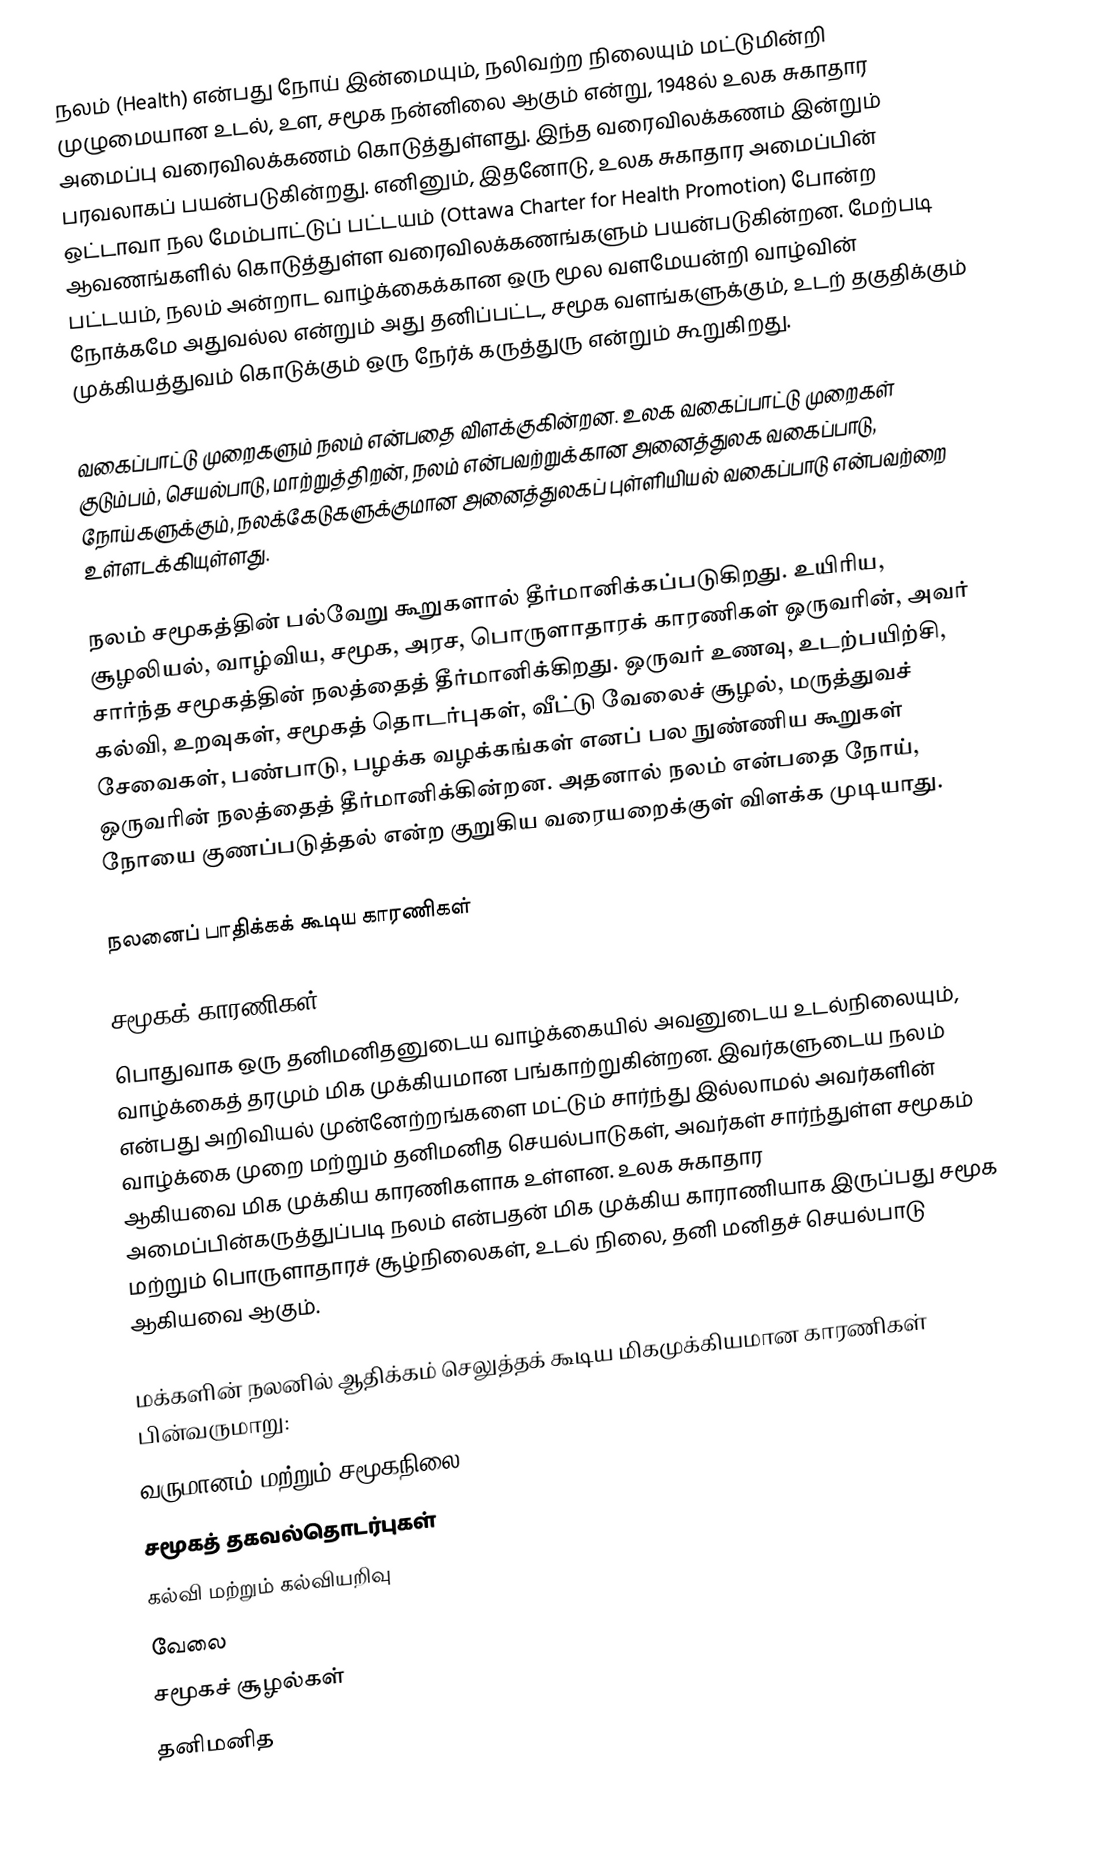
நலம் (Health) என்பது நோய் இன்மையும், நலிவற்ற நிலையும் மட்டுமின்றி முழுமையான உடல், உள, சமூக நன்னிலை ஆகும் என்று, 1948ல் உலக சுகாதார அமைப்பு வரைவிலக்கணம் கொடுத்துள்ளது. இந்த வரைவிலக்கணம் இன்றும் பரவலாகப் பயன்படுகின்றது. எனினும், இதனோடு, உலக சுகாதார அமைப்பின் ஒட்டாவா நல மேம்பாட்டுப் பட்டயம் (Ottawa Charter for Health Promotion) போன்ற ஆவணங்களில் கொடுத்துள்ள வரைவிலக்கணங்களும் பயன்படுகின்றன. மேற்படி பட்டயம், நலம் அன்றாட வாழ்க்கைக்கான ஒரு மூல வளமேயன்றி வாழ்வின் நோக்கமே அதுவல்ல என்றும் அது தனிப்பட்ட, சமூக வளங்களுக்கும், உடற் தகுதிக்கும் முக்கியத்துவம் கொடுக்கும் ஒரு நேர்க் கருத்துரு என்றும் கூறுகிறது.

வகைப்பாட்டு முறைகளும் நலம் என்பதை விளக்குகின்றன. உலக வகைப்பாட்டு முறைகள் குடும்பம், செயல்பாடு, மாற்றுத்திறன், நலம் என்பவற்றுக்கான அனைத்துலக வகைப்பாடு, நோய்களுக்கும், நலக்கேடுகளுக்குமான அனைத்துலகப் புள்ளியியல் வகைப்பாடு என்பவற்றை உள்ளடக்கியுள்ளது.

நலம் சமூகத்தின் பல்வேறு கூறுகளால் தீர்மானிக்கப்படுகிறது. உயிரிய, சூழலியல், வாழ்விய, சமூக, அரச, பொருளாதாரக் காரணிகள் ஒருவரின், அவர் சார்ந்த சமூகத்தின் நலத்தைத் தீர்மானிக்கிறது. ஒருவர் உணவு, உடற்பயிற்சி, கல்வி, உறவுகள், சமூகத் தொடர்புகள், வீட்டு வேலைச் சூழல், மருத்துவச் சேவைகள், பண்பாடு, பழக்க வழக்கங்கள் எனப் பல நுண்ணிய கூறுகள் ஒருவரின் நலத்தைத் தீர்மானிக்கின்றன. அதனால் நலம் என்பதை நோய், நோயை குணப்படுத்தல் என்ற குறுகிய வரையறைக்குள் விளக்க முடியாது.

நலனைப் பாதிக்கக் கூடிய காரணிகள்

சமூகக் காரணிகள்
பொதுவாக ஒரு தனிமனிதனுடைய வாழ்க்கையில் அவனுடைய உடல்நிலையும், வாழ்க்கைத் தரமும் மிக முக்கியமான பங்காற்றுகின்றன. இவர்களுடைய நலம் என்பது அறிவியல் முன்னேற்றங்களை மட்டும் சார்ந்து இல்லாமல் அவர்களின் வாழ்க்கை முறை மற்றும் தனிமனித செயல்பாடுகள், அவர்கள் சார்ந்துள்ள சமூகம் ஆகியவை மிக முக்கிய காரணிகளாக உள்ளன. உலக சுகாதார அமைப்பின்கருத்துப்படி நலம் என்பதன் மிக முக்கிய காராணியாக இருப்பது சமூக மற்றும் பொருளாதாரச் சூழ்நிலைகள், உடல் நிலை, தனி மனிதச் செயல்பாடு ஆகியவை ஆகும்.

மக்களின் நலனில் ஆதிக்கம் செலுத்தக் கூடிய மிகமுக்கியமான காரணிகள் பின்வருமாறு:
 வருமானம் மற்றும் சமூகநிலை
 சமூகத் தகவல்தொடர்புகள்
 கல்வி மற்றும் கல்வியறிவு
 வேலை
 சமூகச் சூழல்கள்
 தனிமனித